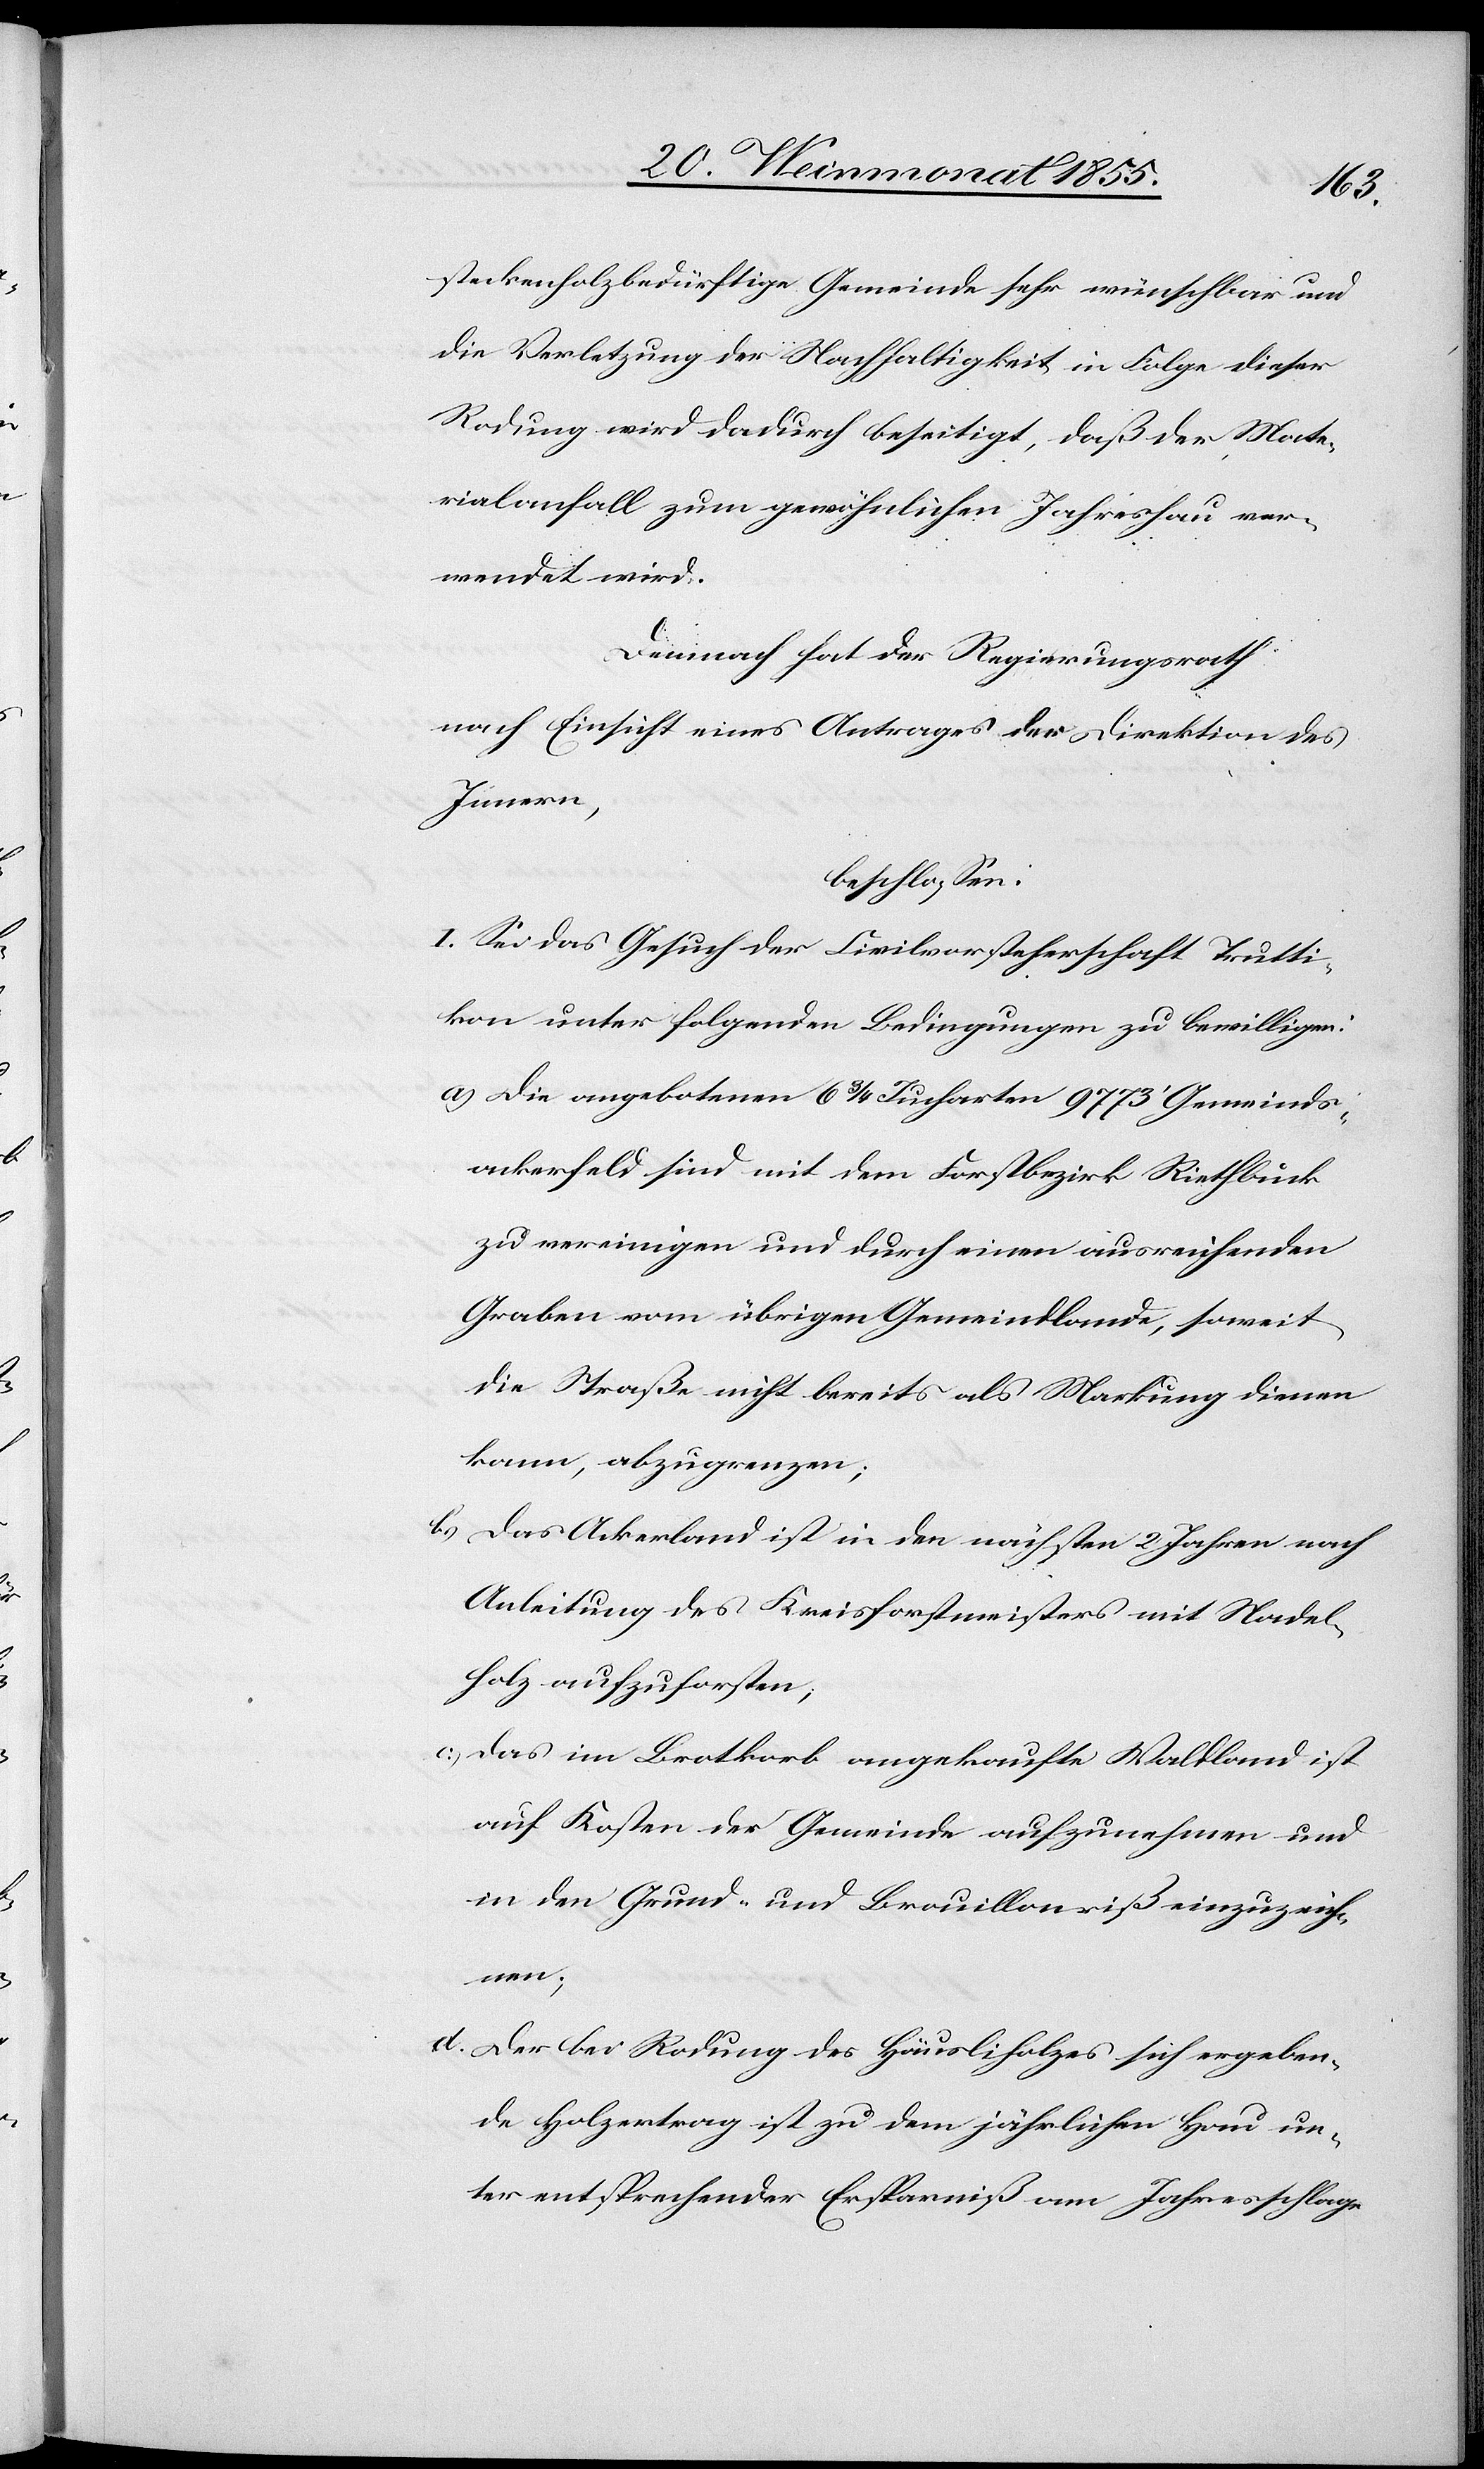
steckenholzbedürftige Gemeinde sehr wünschbar und
die Verletzung der Nachhaltigkeit in Folge dieser
Rodung wird dadurch beseitigt, daß der Mate¬
rialanfall zum gewöhnlichen Jahreshau ver¬
wendet wird.
Demnach hat der Regierungsrath
nach Einsicht eines Antrages der Direktion des
Innern,
beschlossen:
I. Sei das Gesuch der Civilvorsteherschaft Trutti¬
kon unter folgenden Bedingungen zu bewilligen:
Die angebotenen 6 3/4 Jucharten 9773‘ Gemeinds¬
ackerfeld sind mit dem Forstbezirk Riethbuck
zu vereinigen und durch einen ausreichenden
Graben vom übrigen Gemeindlande, soweit
die Straße nicht bereits als Markung dienen
kann, abzugrenzen;
Das Ackerland ist in den nächsten 2 Jahren nach
Anleitung des Kreisforstmeisters mit Nadel¬
holz aufzuforsten;
Das im Brotkorb angekaufte Waldland ist
auf Kosten der Gemeinde aufzunehmen und
in den Grund- und Brouillonriß einzuzeich¬
nen;
Der bei Rodung des Häusliholzes sich ergeben¬
de Holzertrag ist zu dem jährlichen Hau un¬
ter entsprechender Ersparniß am Jahresschlage